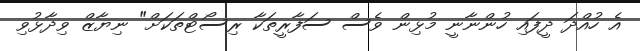
އެ ހުއްދަ ދީފައި ހުންނާނީ މުޅިން ވެސް ސަފާރީތަކާ ރިސޯޓްތަކަށް" ނިޔާޒް ވިދާޅުވި